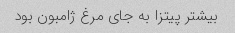
بیشتر پیتزا به جای مرغ ژامبون بود